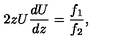
2 z U { \frac { d U } { d z } } = { \frac { f _ { 1 } } { f _ { 2 } } } ,